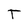
Character: T